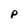
Character: p